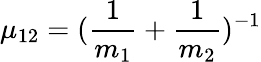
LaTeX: \mu_{12}=(\frac{1}{m_{1}}+\frac{1}{m_{2}})^{-1}